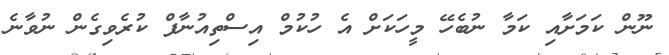
ނޫން ކަމަށާއި ކަމާ ނުބެހޭ މީހަކަށް އެ ހުކުމް އިސްތިއުނާފް ކުރެވިގެން ނުވާނެ